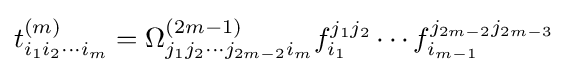
t_{i_{1}i_{2}\cdots i_{m}}^{(m)}=\Omega _{j_{1}j_{2}\cdots j_{2m-2}i_{m}}^{(2m-1)}f_{i_{1}}^{j_{1}j_{2}}\cdots f_{i_{m-1}}^{j_{2m-2}j_{2m-3}}